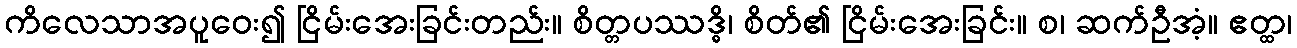
ကိလေသာအပူဝေး၍ ငြိမ်းအေးခြင်းတည်း။ စိတ္တပဿဒ္ဓိ၊ စိတ်၏ ငြိမ်းအေးခြင်း။ စ၊ ဆက်ဦအံ့။ ဧတ္ထ၊